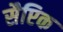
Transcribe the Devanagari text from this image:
सैप्टिक